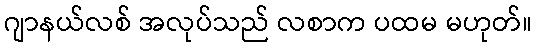
ဂျာနယ်လစ် အလုပ်သည် လစာက ပထမ မဟုတ်။